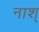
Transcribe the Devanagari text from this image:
नाश्